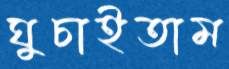
ঘুচাইতাম